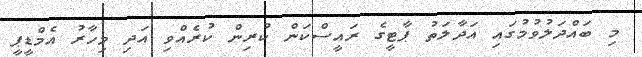
މި ބައްދަލުވުމުގައި އަދާލަތު ޕާޓީގެ ރައީސްކަން ކުރިން ކުރެއްވި އަދި މިހާރު އެމްޑީޕީ